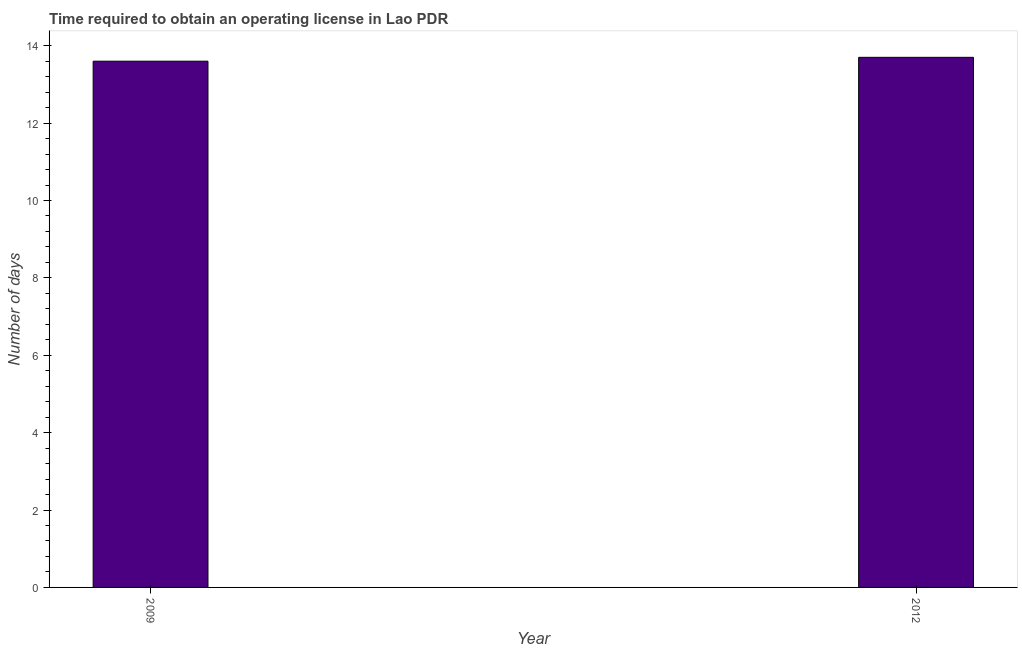
| Year | Obtain operating license |
 | --- | --- |
 | 2009 | 13.6 |
 | 2012 | 13.7 |